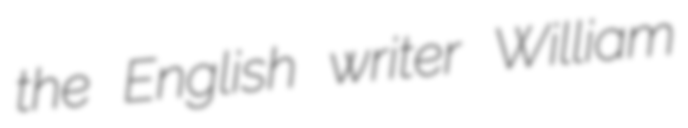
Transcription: the English writer William